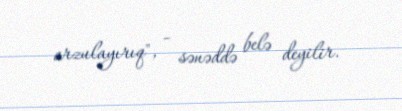
arzulayırıq", - sənəddə belə deyilir.